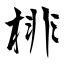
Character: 棑